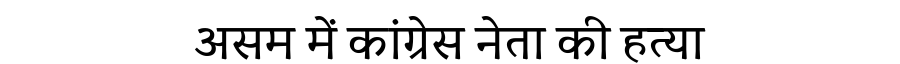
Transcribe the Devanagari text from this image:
असम में कांग्रेस नेता की हत्या